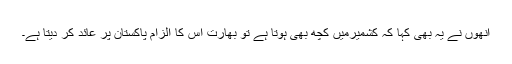
انھوں نے یہ بھی کہا کہ کشمیرمیں کچھ بھی ہوتا ہے تو بھارت اس کا الزام پاکستان پر عائد کر دیتا ہے۔